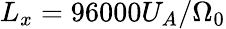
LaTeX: L_{x}=96000U_{A}/\Omega_{0}